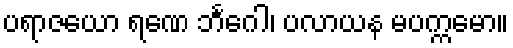
ပရာဇယော ရဏေ ဘင်္ဂေါ၊ ပလာယန မပက္ကမော။